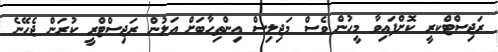
ރަޖިސްޓްކރީ ކޮށްފައިވާ މީހުން ވެސް މަޖިލިސް އިންތިހާބަށް އަލުން ރަޖިސްޓްރީ ކުރަން ޖެހޭނެ